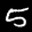
Label: 5